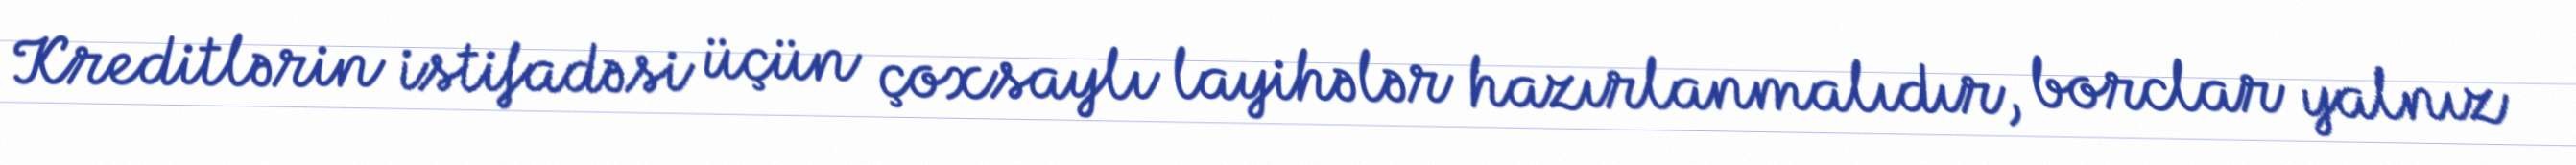
Kreditlərin istifadəsi üçün çoxsaylı layihələr hazırlanmalıdır, borclar yalnız